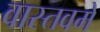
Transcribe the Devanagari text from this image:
वास्तवमें